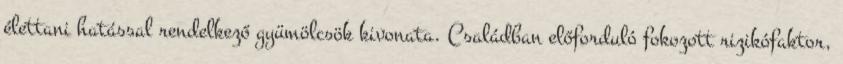
élettani hatással rendelkező gyümölcsök kivonata. Családban előforduló fokozott rizikófaktor,